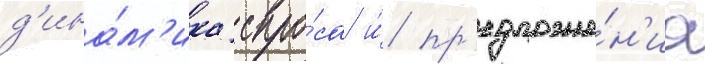
д'ина́м'ика спро́са и́ пр'едложе́н'иа